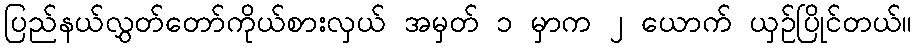
ပြည်နယ်လွှတ်တော်ကိုယ်စားလှယ် အမှတ် ၁ မှာက ၂ ယောက် ယှဉ်ပြိုင်တယ်။